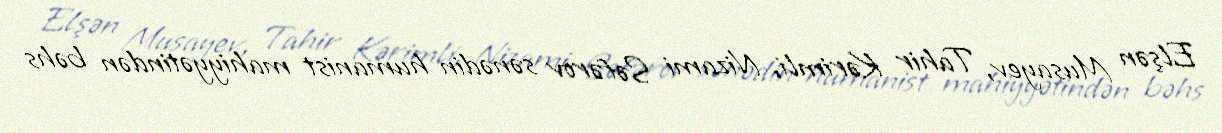
Elşən Musayev, Tahir Kərimli, Nizami Səfərov sənədin humanist mahiyyətindən bəhs